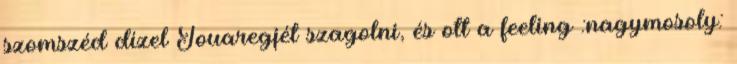
szomszéd dízel Touaregjét szagolni, és ott a feeling :nagymosoly: